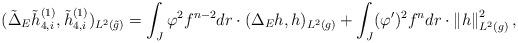
LaTeX: \begin{align*} (\tilde{\Delta}_E\tilde{h}_{4,i}^{(1)},\tilde{h}_{4,i}^{(1)})_{L^2(\tilde{g})}=\int_{J}\varphi^2f^{n-2}dr\cdot({\Delta_E}{h},{h})_{L^2({g})}+\int_{J}(\varphi')^2f^n dr\cdot \left\|h\right\|^2_{L^2(g)},\end{align*}